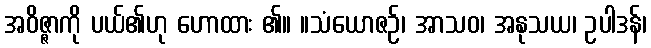
အဝိဇ္ဇာကို ပယ်၏ဟု ဟောထား ၏။ ။သံယောဇဉ်၊ အာသဝ၊ အနုသယ၊ ဥပါဒန်၊